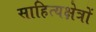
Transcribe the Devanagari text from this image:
साहित्यक्षेत्रों